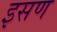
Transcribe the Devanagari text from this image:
इसण